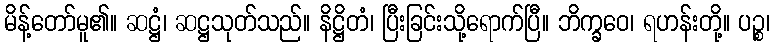
မိန့်တော်မူ၏။ ဆဋ္ဌံ၊ ဆဋ္ဌသုတ်သည်။ နိဋ္ဌိတံ၊ ပြီးခြင်းသို့ရောက်ပြီ။ ဘိက္ခဝေ၊ ရဟန်းတို့။ ပဉ္စ၊